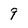
Character: 9